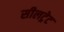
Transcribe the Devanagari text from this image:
सीलट्रेट